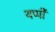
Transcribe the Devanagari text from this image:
थप्पी